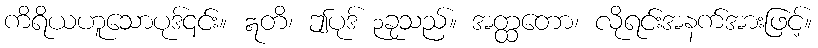
ကိရိယဟူသောပုဒ်၎င်း။ ဣတိ၊ ဤပုဒ် ၃ခုသည်။ အတ္ထတော၊ လိုရင်းအနက်အားဖြင့်။